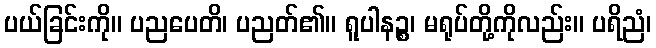
ပယ်ခြင်းကို။ ပညပေတိ၊ ပညတ်၏။ ရူပါနဉ္စ၊ မရုပ်တို့ကိုလည်း။ ပရိညံ၊